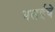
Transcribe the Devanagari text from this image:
मलईचे